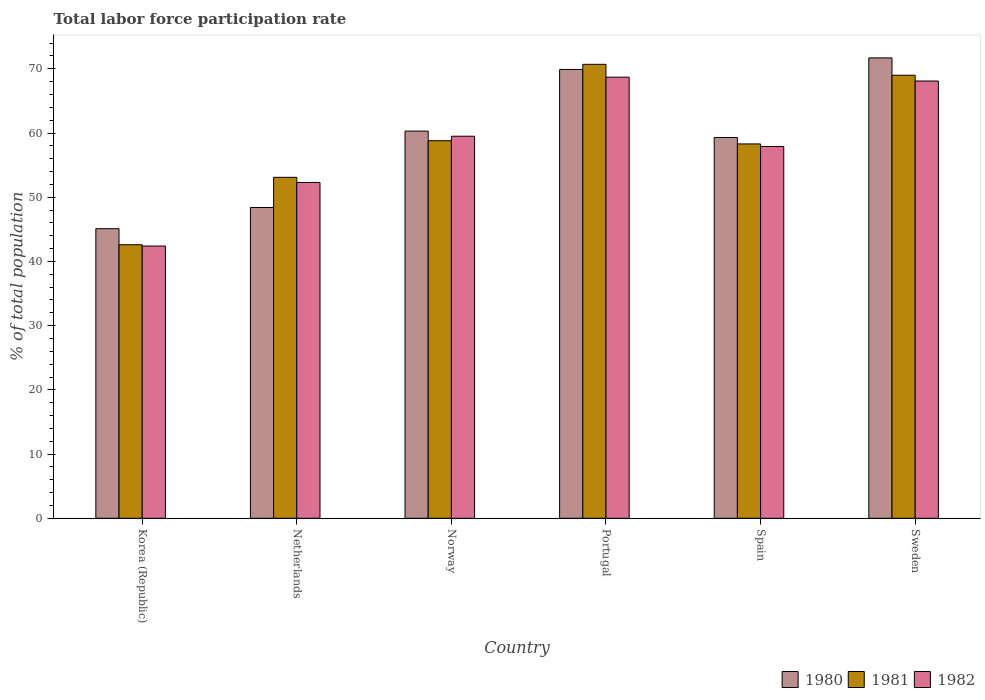
| Country | 1980 | 1981 | 1982 |
 | --- | --- | --- | --- |
 | Korea (Republic) | 45.1 | 42.6 | 42.4 |
 | Netherlands | 48.4 | 53.1 | 52.3 |
 | Norway | 60.3 | 58.8 | 59.5 |
 | Portugal | 69.9 | 70.7 | 68.7 |
 | Spain | 59.3 | 58.3 | 57.9 |
 | Sweden | 71.7 | 69 | 68.1 |